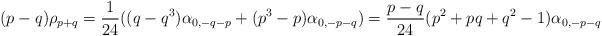
LaTeX: \begin{align*} (p-q)\rho_{p+q} = \dfrac{1}{24}( (q-q^3) \alpha_{0,-q-p} + (p^3 - p)\alpha_{0,-p-q})= \dfrac{p-q}{24}( p^2+pq+q^2-1)\alpha_{0,-p-q}\end{align*}